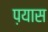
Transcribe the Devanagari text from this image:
प़यास